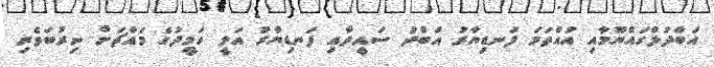
އަބްދުލްގައްޔޫމާއި އުއްތަމަ ފަނޑިޔާރު އަބްދު ސައީދާއި ފަނޑިޔާރު އަލީ ހަމީދުގެ މައްޗަށް ނިރުބަވެރި